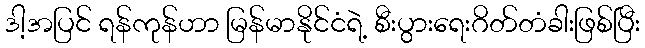
ဒါ့အပြင် ရန်ကုန်ဟာ မြန်မာနိုင်ငံရဲ့ စီးပွားရေးဂိတ်တံခါးဖြစ်ပြီး